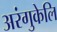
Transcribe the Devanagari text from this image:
अरंगुकेलि